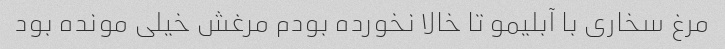
مرغ سخاری با آبلیمو تا خالا نخورده بودم مرغش خیلی مونده بود